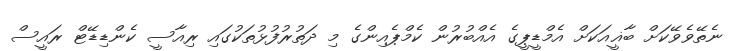
ނެތޭވެވޭކަށް ބާޣީއަކަށް އެމްޑީޕީގެ އެއްބުރުން ކެމްޕެއިންގެ މި ދަތުރުފުޅުތަކުގައި ރިއާސީ ކެންޑިޑޭޓް ރައީސް